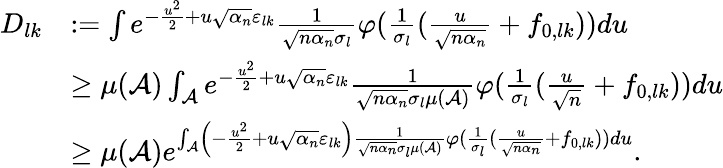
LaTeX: \begin{array}{rl}{D_{lk}}&{:=\int e^{-\frac{u^{2}}{2}+u\sqrt{\alpha_{n}}\varepsilon_{lk}}\frac{1}{\sqrt{n\alpha_{n}}\sigma_{l}}\varphi(\frac{1}{\sigma_{l}}(\frac{u}{\sqrt{n\alpha_{n}}}+f_{0,lk}))du}\\ &{\geq\mu(\mathcal{A})\int_{\mathcal{A}}e^{-\frac{u^{2}}{2}+u\sqrt{\alpha_{n}}\varepsilon_{lk}}\frac{1}{\sqrt{n\alpha_{n}}\sigma_{l}\mu(\mathcal{A})}\varphi(\frac{1}{\sigma_{l}}(\frac{u}{\sqrt{n}}+f_{0,lk}))du}\\ &{\geq\mu(\mathcal{A})e^{\int_{\mathcal{A}}\left(-\frac{u^{2}}{2}+u\sqrt{\alpha_{n}}\varepsilon_{lk}\right)\frac{1}{\sqrt{n\alpha_{n}}\sigma_{l}\mu(\mathcal{A})}\varphi(\frac{1}{\sigma_{l}}(\frac{u}{\sqrt{n\alpha_{n}}}+f_{0,lk}))du}.}\end{array}